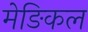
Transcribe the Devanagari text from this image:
मेङिकल